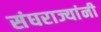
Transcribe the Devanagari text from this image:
संघराज्यांनी